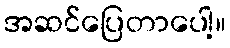
အဆင်ပြေတာပေါ့။